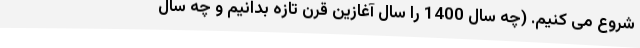
شروع می کنیم. (چه سال 1400 را سال آغازین قرن تازه بدانیم و چه سال